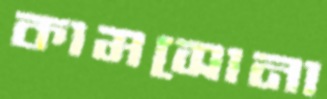
কামসোনা